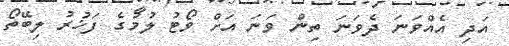
އަދި އެއްވަނަ ދެވަނަ ތިން ވަނަ އަށް ވޯޓު ލުމުގެ ފަޚުރު ލިބޭތޯ